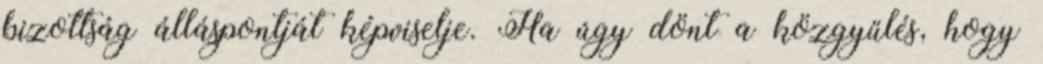
bizottság álláspontját képviselje. Ha úgy dönt a közgyűlés, hogy